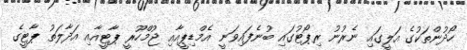
ހޯދުންތަކުގެ އަލީގައި ނެރުނު ރިޕޯޓުގައި ބުނެފައިވަނީ އެމްޑިޕީއާއި ޖުމްހޫރީ ޕާޓީއާއި އަދާލަތު ޕާޓީގެ